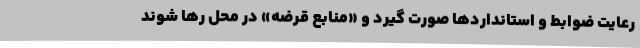
رعایت ضوابط و استانداردها صورت گیرد و «منابع قرضه» در محل رها شوند